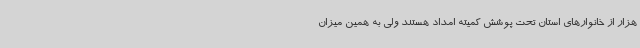
هزار از خانوارهای استان تحت پوشش کمیته امداد هستند ولی به همین میزان